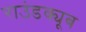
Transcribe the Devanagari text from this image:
राउंडक्यूब